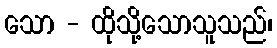
သော - ထိုသို့သောသူသည်၊